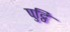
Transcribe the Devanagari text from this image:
पुट्ठि